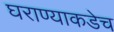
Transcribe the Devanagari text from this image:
घराण्याकडेच